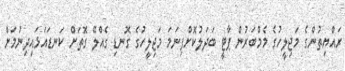
ރައްޔިތުންގެ މަޖިލީހުގެ މެމްބަރުން ޕާޓީ ބަދަލުކޮށްފިނަމަ މަޖިލީހުގެ ގޮނޑި ގެއްލޭ ގޮތަށް ކަނޑައަޅައިދިނުމަށް